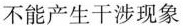
不能产生干涉现象